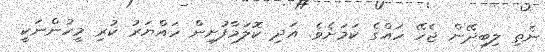
ނެތި ލިބިދޭން ޖެހޭ ހައްގެ ކަމަށެވެ. އަދި ކޮލަމާފުށިން ހައްޔަރު ކުރި މީހުންނަކީ